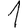
Digit: 1